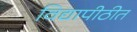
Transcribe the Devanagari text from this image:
विद्यापीठीत